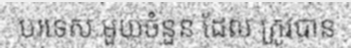
បរទេស មួយចំនួន ដែល ត្រូវបាន